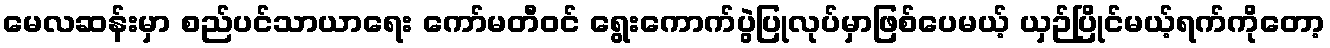
မေလဆန်းမှာ စည်ပင်သာယာရေး ကော်မတီဝင် ရွေးကောက်ပွဲပြုလုပ်မှာဖြစ်ပေမယ့် ယှဉ်ပြိုင်မယ့်ရက်ကိုတော့